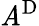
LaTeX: \mathit{A}^{\mathrm{{D}}}